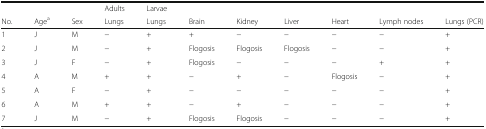
<table><thead><tr><td>[EMPTY_CELL]</td><td>[EMPTY_CELL]</td><td>[EMPTY_CELL]</td><td><b>Adults</b></td><td><b>Larvae</b></td><td>[EMPTY_CELL]</td><td>[EMPTY_CELL]</td><td>[EMPTY_CELL]</td><td>[EMPTY_CELL]</td><td>[EMPTY_CELL]</td><td>[EMPTY_CELL]</td></tr><tr><td><b>No.</b></td><td><b>Age<sup>a</sup></b></td><td><b>Sex</b></td><td><b>Lungs</b></td><td><b>Lungs</b></td><td><b>Brain</b></td><td><b>Kidney</b></td><td><b>Liver</b></td><td><b>Heart</b></td><td><b>Lymph nodes</b></td><td><b>Lungs (PCR)</b></td></tr></thead><tbody><tr><td>1</td><td>J</td><td>M</td><td>−</td><td>+</td><td>+</td><td>−</td><td>−</td><td>−</td><td>−</td><td>+</td></tr><tr><td>2</td><td>J</td><td>M</td><td>−</td><td>+</td><td>Flogosis</td><td>Flogosis</td><td>Flogosis</td><td>−</td><td>−</td><td>+</td></tr><tr><td>3</td><td>J</td><td>F</td><td>−</td><td>+</td><td>Flogosis</td><td>−</td><td>−</td><td>−</td><td>+</td><td>+</td></tr><tr><td>4</td><td>A</td><td>M</td><td>+</td><td>+</td><td>−</td><td>+</td><td>−</td><td>Flogosis</td><td>−</td><td>+</td></tr><tr><td>5</td><td>A</td><td>F</td><td>−</td><td>+</td><td>−</td><td>−</td><td>−</td><td>−</td><td>−</td><td>+</td></tr><tr><td>6</td><td>A</td><td>M</td><td>+</td><td>+</td><td>−</td><td>+</td><td>−</td><td>−</td><td>−</td><td>+</td></tr><tr><td>7</td><td>J</td><td>M</td><td>−</td><td>+</td><td>Flogosis</td><td>Flogosis</td><td>−</td><td>−</td><td>−</td><td>+</td></tr></tbody></table>